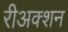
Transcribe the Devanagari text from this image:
रीअक्शन